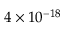
4 \times 1 0 ^ { - 1 8 }